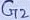
Text: G2